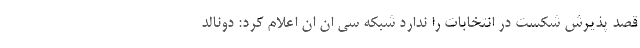
قصد پذیرش شکست در انتخابات را ندارد شبکه سی ان ان اعلام کرد: دونالد